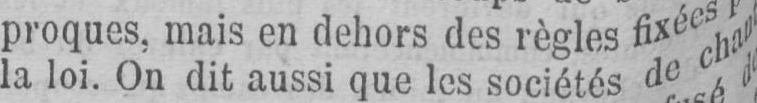
la loi. On dit aussi que les sociétés de chan